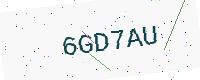
Text: 6GD7AU